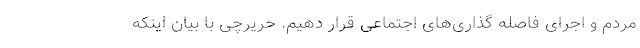
مردم و اجرای فاصله گذاری‌های اجتماعی قرار دهیم. حریرچی با بیان اینکه